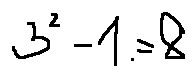
3 ^ { 2 } - 1 = 8